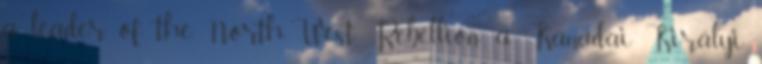
a leader of the North-West Rebellion: a Kanadai Királyi